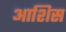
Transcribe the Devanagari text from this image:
आशिस